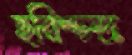
হরিশ্চন্দ্র